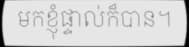
មកខ្ញុំផ្ទាល់ក៏បាន។